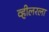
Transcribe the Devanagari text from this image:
व्हीलरला